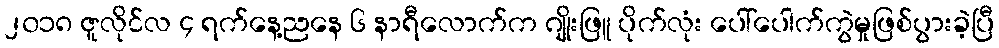
၂၀၁၈ ဇူလိုင်လ ၄ ရက်နေ့ညနေ ၆ နာရီလောက်က ဂျိုးဖြူ ပိုက်လုံး ပေါ်ပေါက်ကွဲမှုဖြစ်ပွားခဲ့ပြီ